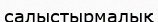
салыстырмалық